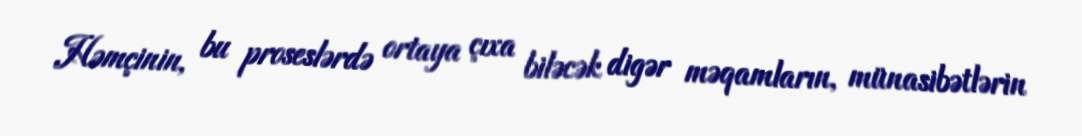
Həmçinin, bu proseslərdə ortaya çıxa biləcək digər məqamların, münasibətlərin